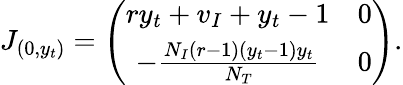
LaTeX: J_{(0,y_{t})}=\left(\begin{array}{cc}{ry_{t}+v_{I}+y_{t}-1}&{0}\\ {-\frac{N_{I}(r-1)(y_{t}-1)y_{t}}{N_{T}}}&{0}\end{array}\right).